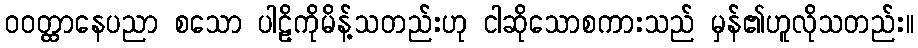
ဝဝတ္ထာနေပညာ စသော ပါဠိကိုမိန့်သတည်းဟု ငါဆိုသောစကားသည် မှန်၏ဟူလိုသတည်း။